Korporatsioon_Amicitia, lk 10
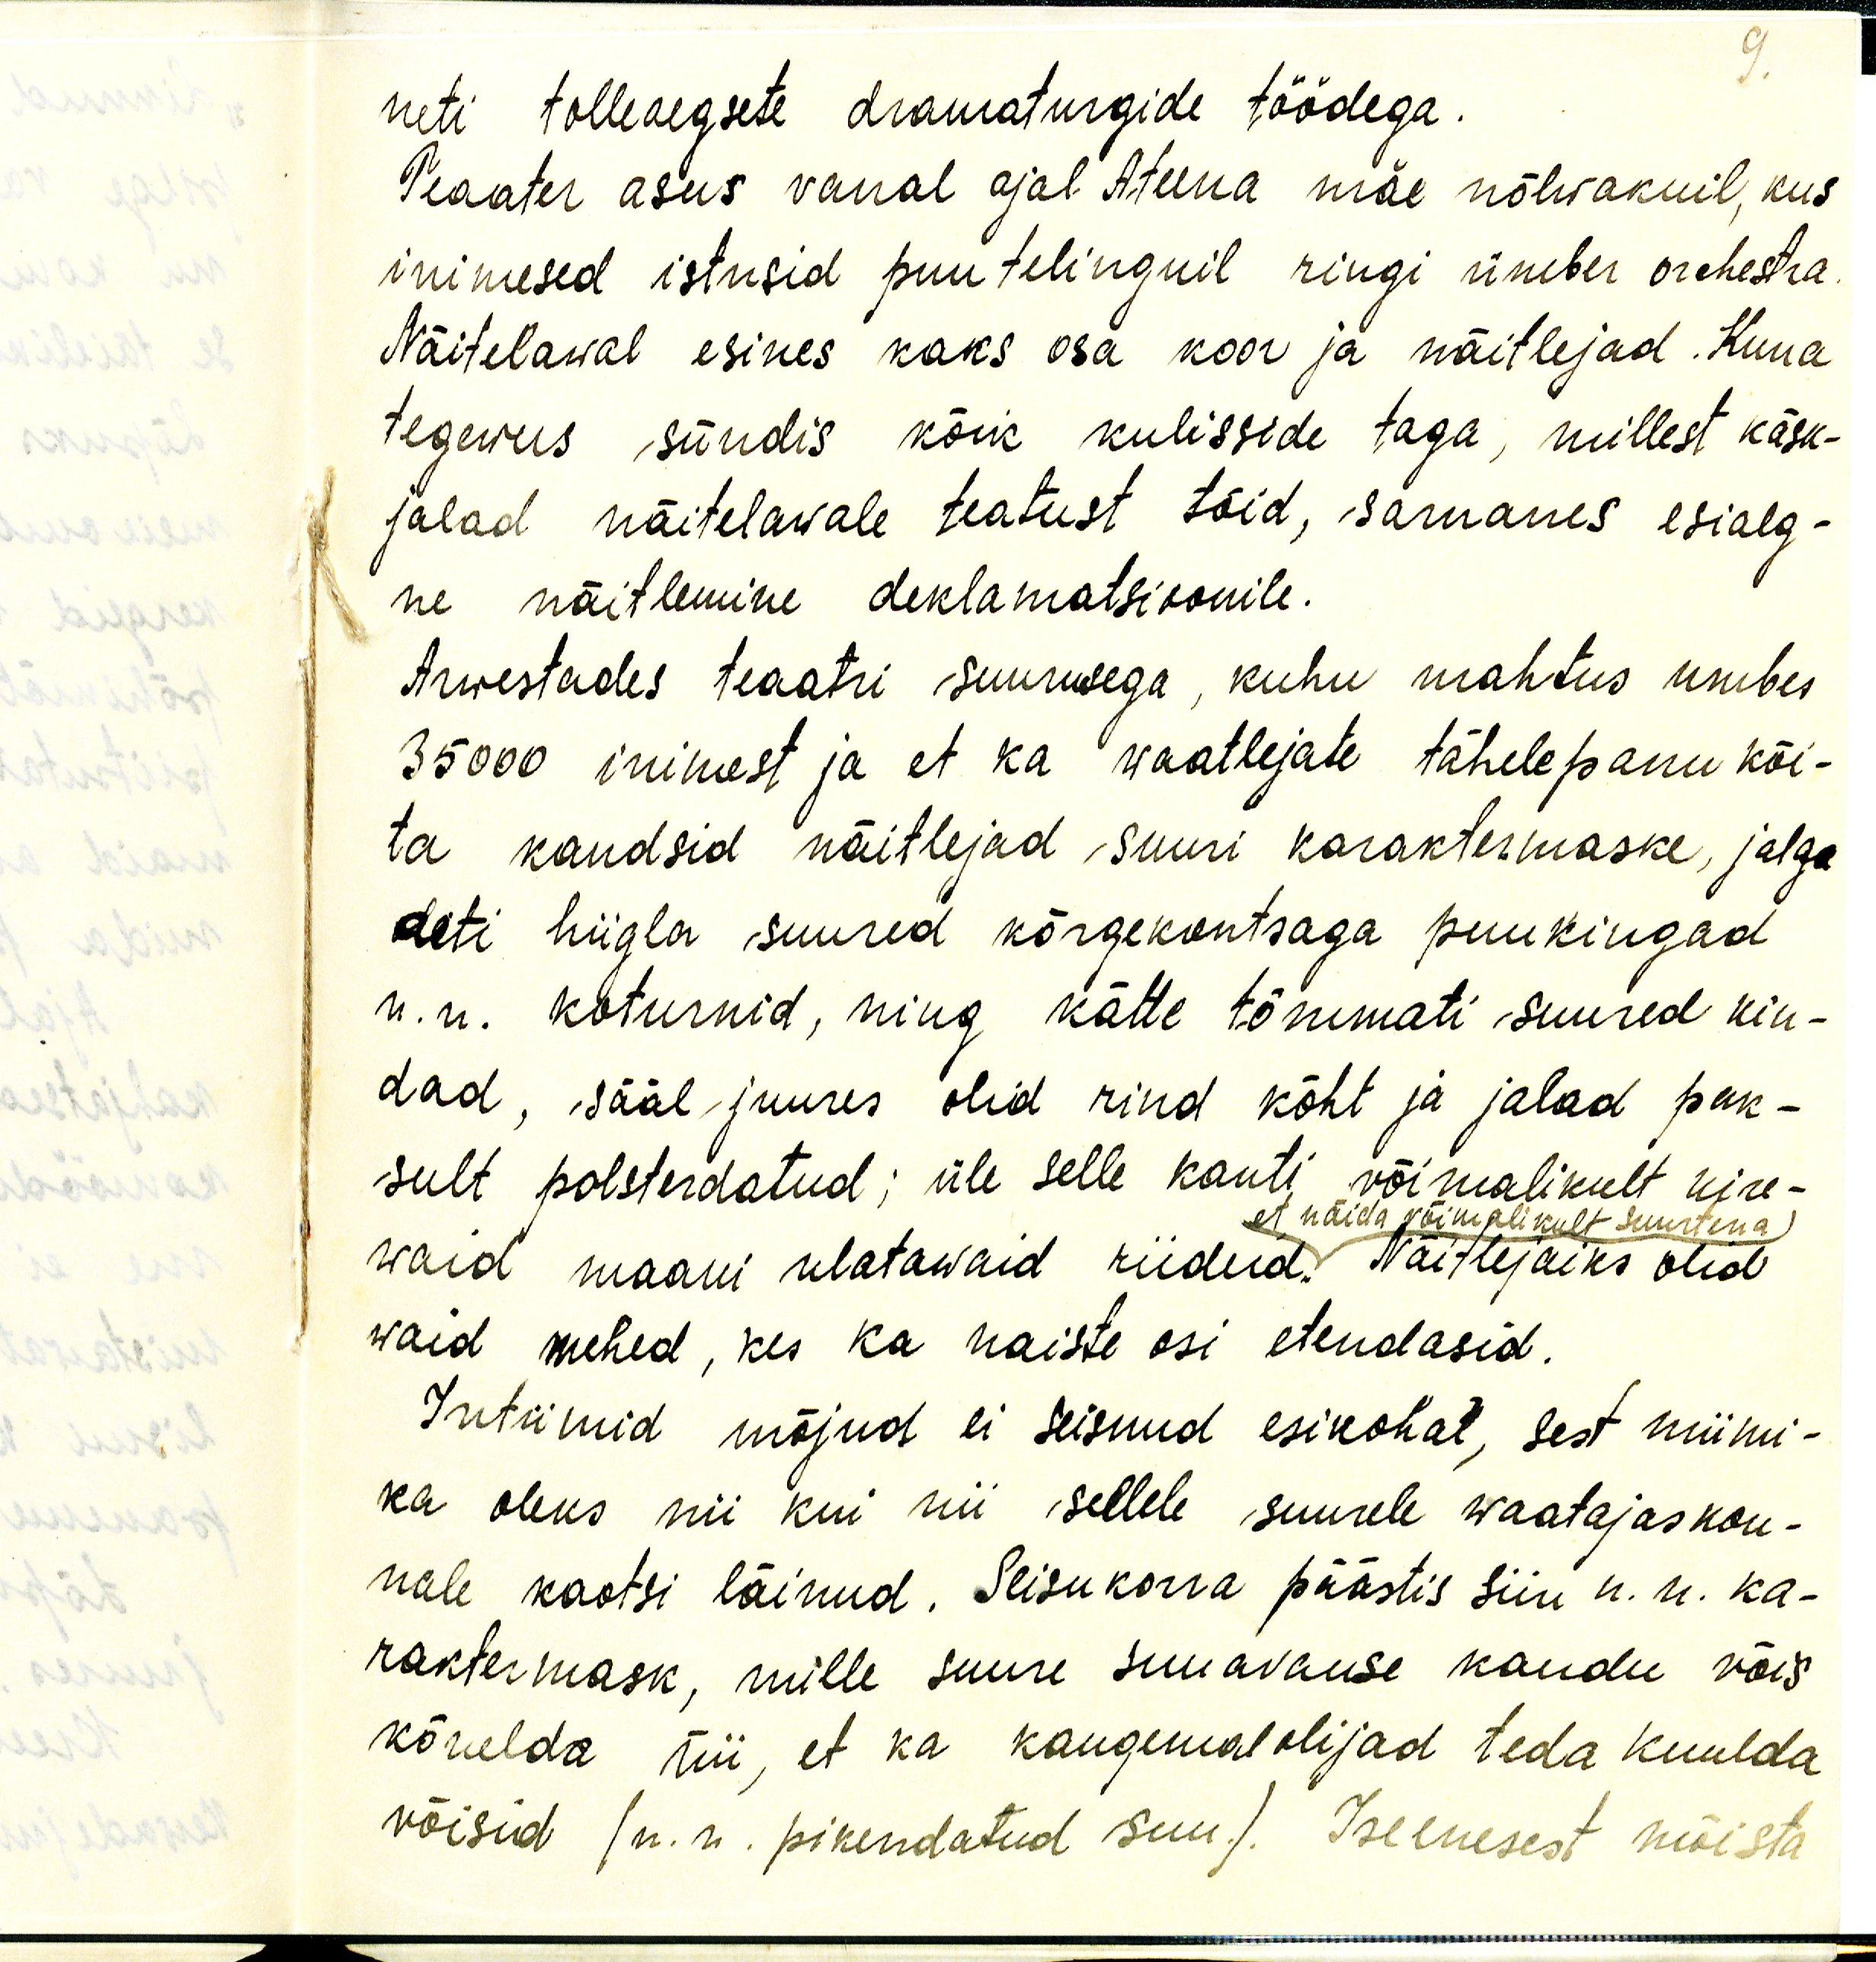
9.

neti tolleaegsete dramaturgide töödega.
Teaater asus vanal ajal Ateena mäe nõlwakuil, kus
inimesed istusid puu telinguil ringi ümber orchestra.
Näitelawal esines kaks osa koor ja näitlejad. Kuna
tegewus sündis kõik kulisside taga, millest käsk-
jalad näitelawale teatust tõid, sarnanes esialg-
ne näitlemine deklamatsioonile.
Arwestades teaatri suurusega, kuhu mahtus umbes
35000 inimest ja et ka waatlejate tähelepanu köi-
ta kandsid näitlejad suuri karaktermaske, jalga
aeti hiigla suured kõrgekontsaga puukingad
n.n. koturnid, ning kätte tõmmati suured kin-
dad, sääl juures olid rind kõht ja jalad pak-
sult polsterdatud; üle selle kanti võimalikult kire-
et näida võimalikult suurtena
waid maani ulatawaid riideid. Näitlejaiks olid
waid mehed, kes ka naiste osi etendasid.
Intiimid mõjud ei seisnud esikohal, sest miimi-
ka oleks nii kui nii sellele suurele waatajaskon-
nale kaotsi läinud. Seisukorra päästis siin n.n. ka-
raktermask, mille suure suuavause kaudu võis
kõnelda nii, et ka kaugemalolijad teda kuulda
võisid (n. n. pikendatud suu). Iseenesest mõista